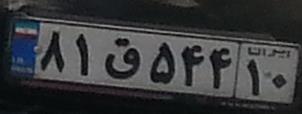
۸۱ق۵۴۴۱۰